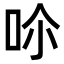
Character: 𠰒